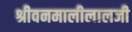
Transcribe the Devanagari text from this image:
श्रीवनमालीलालजी